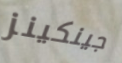
جينكينز